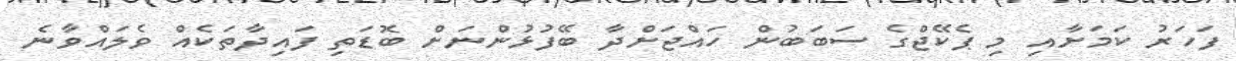
ފަހަރު ކަމަށާއި މި ޕެކޭޖްގެ ސަބަބުން ހައްޖަށްދާ ބޭފުޅުންނަށް ބޮޑަތި ފައިދާތަކެއް ވެލައްވާނެ